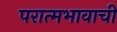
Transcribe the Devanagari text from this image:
परात्मभावाची